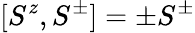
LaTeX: [S^{z},S^{\pm}]=\pm S^{\pm}